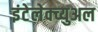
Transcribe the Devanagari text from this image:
इंटेलेक्च्युअल